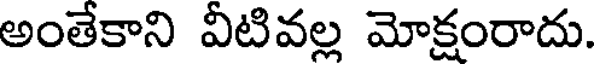
అంతేకాని వీటివల్ల మోక్షంరాదు.